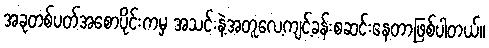
အခုတစ်ပတ်အစောပိုင်းကမှ အသင်းနဲ့အတူလေ့ကျင့်ခန်းစဆင်းနေတာဖြစ်ပါတယ်။